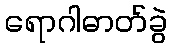
ရောဂါဓာတ်ခွဲ